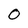
Character: O